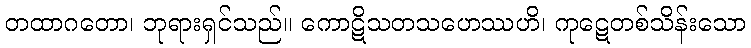
တထာဂတော၊ ဘုရားရှင်သည်။ ကောဋိသတသဟေဿဟိ၊ ကုဋေတစ်သိန်းသော